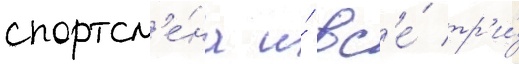
спортсм'е́на и́ вс'е́ тр'и́